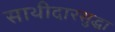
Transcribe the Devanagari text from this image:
साथीदारसुद्धा